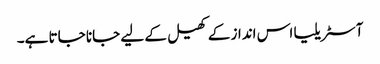
آسٹریلیا اس انداز کے کھیل کے لیے جانا جاتا ہے۔